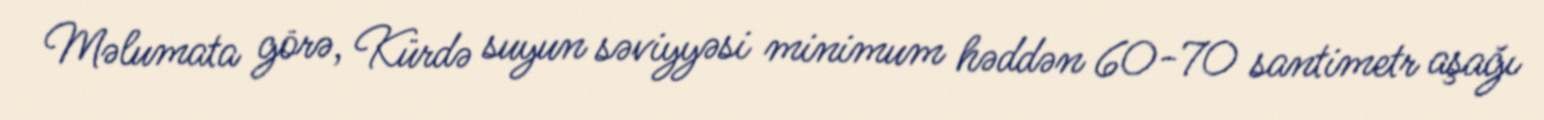
Məlumata görə, Kürdə suyun səviyyəsi minimum həddən 60-70 santimetr aşağı